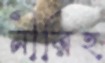
নীরিহ